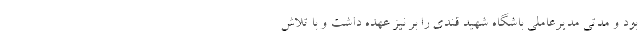
بود و مدتی مدیرعاملی باشگاه شهید قندی را بر نیز عهده داشت و با تلاش